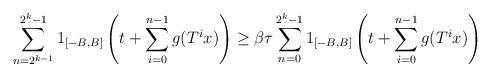
LaTeX: \begin{align*}\sum_{n=2^{k-1}}^{2^k-1} 1_{[-B,B]} \left( t + \sum_{i=0}^{n-1} g(T^i x) \right)\ge\beta \tau \sum_{n=0}^{2^k-1} 1_{[-B,B]} \left( t + \sum_{i=0}^{n-1} g(T^i x) \right)\end{align*}